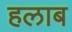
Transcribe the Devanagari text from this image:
हलाब